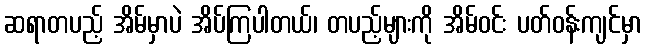
ဆရာတပည့် အိမ်မှာပဲ အိပ်ကြပါတယ်၊ တပည့်များကို အိမ်ဝင်း ပတ်ဝန်းကျင်မှာ